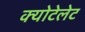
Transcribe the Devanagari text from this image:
क्योटेलेट